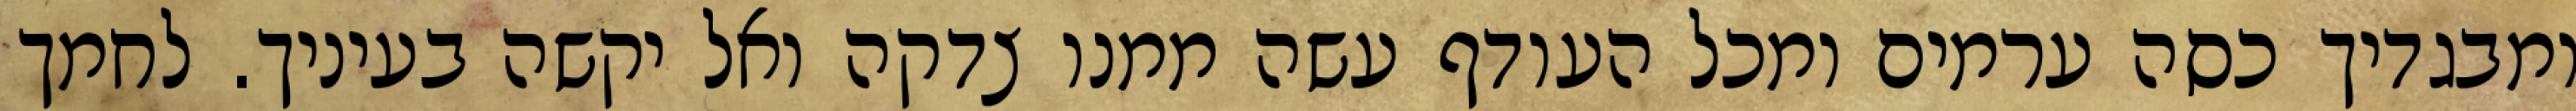
ומבגדיך כסה ערמים ומכל העודף עשה ממנו צדקה ואל יקשה בעיניך. לחמך